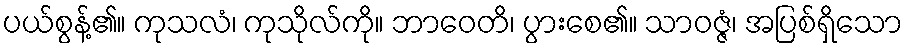
ပယ်စွန့်၏။ ကုသလံ၊ ကုသိုလ်ကို။ ဘာဝေတိ၊ ပွားစေ၏။ သာဝဇ္ဇံ၊ အပြစ်ရှိသော